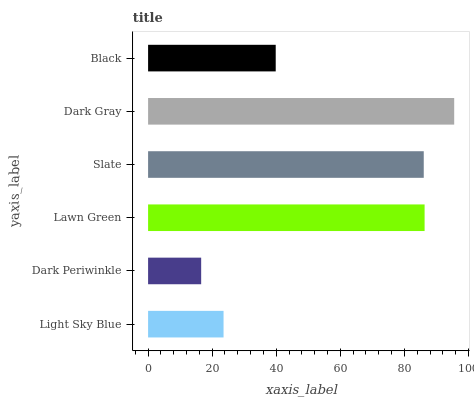
| yaxis_label | bars |
 | --- | --- |
 | Light Sky Blue | 23.6 |
 | Dark Periwinkle | 16.6 |
 | Lawn Green | 86.3 |
 | Slate | 86 |
 | Dark Gray | 95.5 |
 | Black | 39.8 |